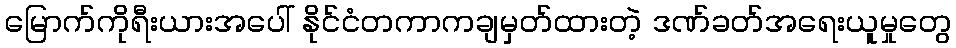
မြောက်ကိုရီးယားအပေါ် နိုင်ငံတကာကချမှတ်ထားတဲ့ ဒဏ်ခတ်အရေးယူမှုတွေ